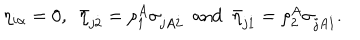
LaTeX: \eta _ { i \alpha } = 0 , ~ ~ \bar { \eta } _ { j \dot { 2 } } = \rho _ { 1 } ^ { A } \sigma _ { j A \dot { 2 } } ~ ~ \mathrm { a n d } ~ ~ \bar { \eta } _ { j \dot { 1 } } = \rho _ { 2 } ^ { A } \sigma _ { j A \dot { 1 } } .